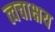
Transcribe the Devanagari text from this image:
त्वचाक्षय